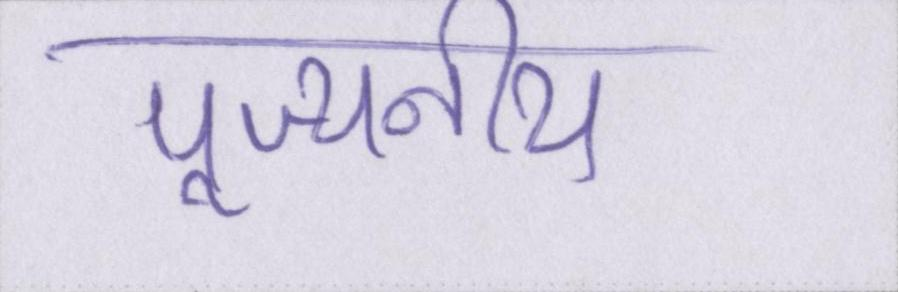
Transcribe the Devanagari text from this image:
पूज्यनीय